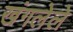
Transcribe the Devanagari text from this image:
खंगलेले